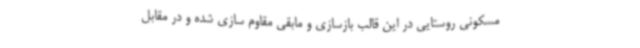
مسکونی روستایی در این قالب بازسازی و مابقی مقاوم سازی شده و در مقابل